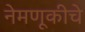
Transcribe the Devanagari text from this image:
नेमणूकीचे